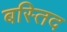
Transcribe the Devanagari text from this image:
बस्तिद